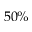
5 0 \%